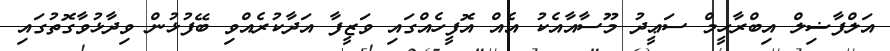
އަލްފާޟިލް އިބްރާހީމް ސަޢީދު މޫސާއާއެކު އެއް އޮފީހެއްގައި ވަޒީފާ އަދާކުރެއްވި ބޭފުޅުން ވިދާޅުވާގޮތުގައި